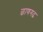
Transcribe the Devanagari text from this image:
छाणगढ